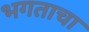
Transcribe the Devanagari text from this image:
भगताचा